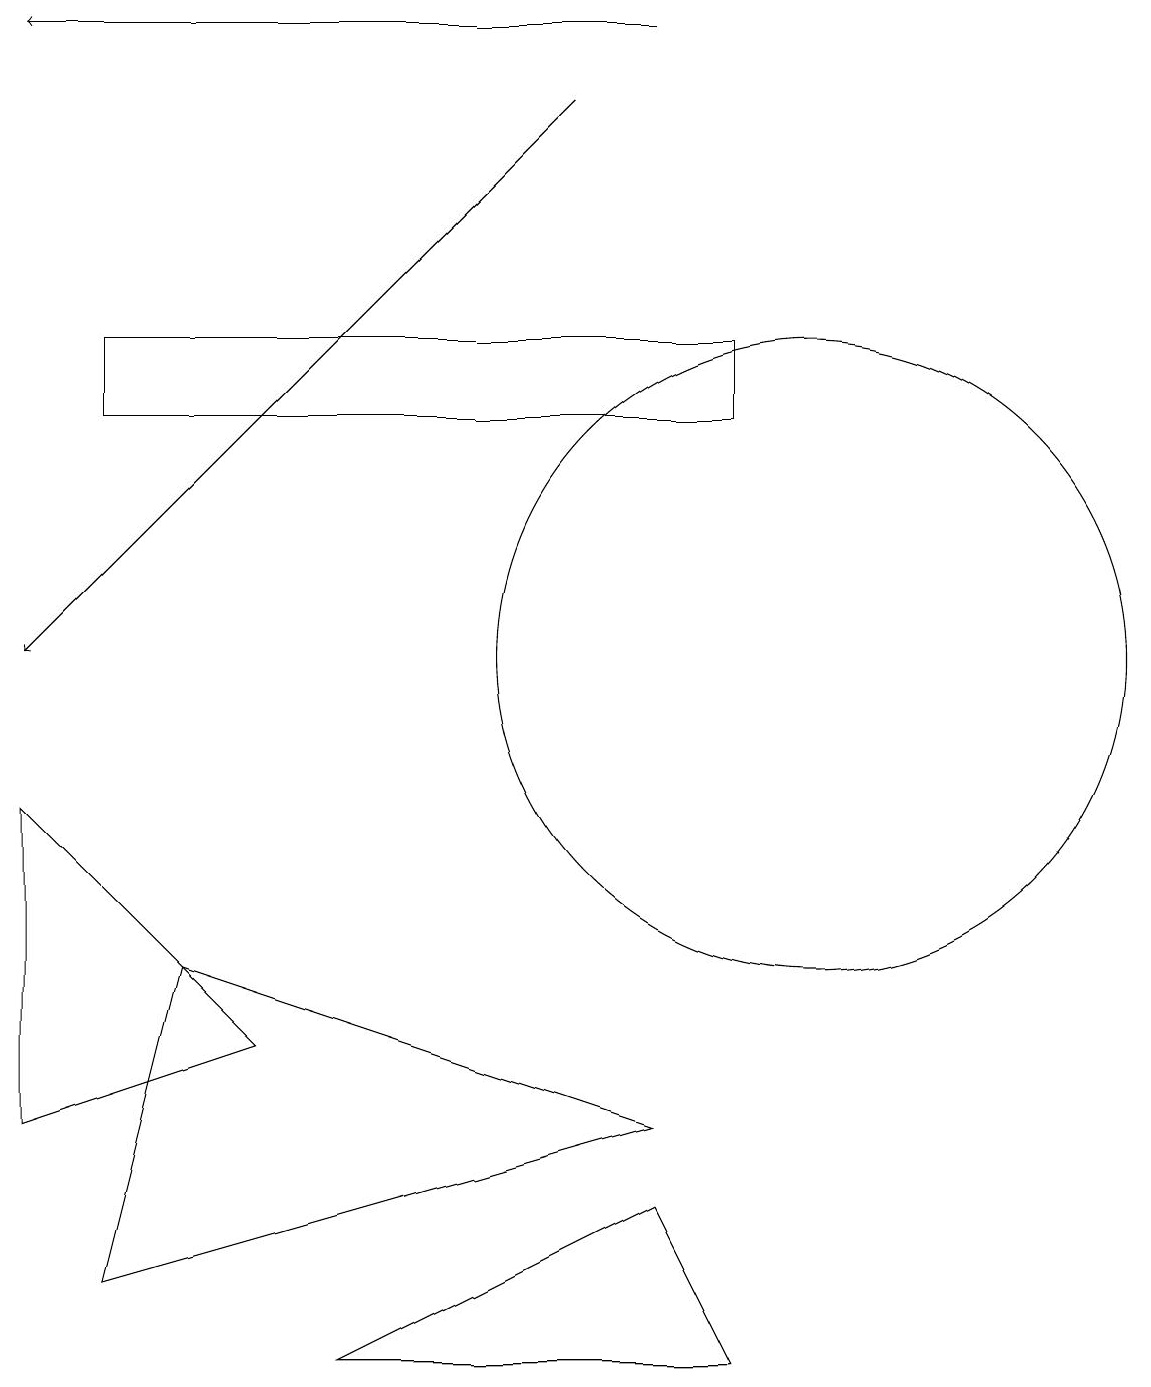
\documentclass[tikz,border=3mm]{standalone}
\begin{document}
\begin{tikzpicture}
\draw (9,1) -- (4,1) -- (8,3) -- cycle;
\draw (1,14) rectangle (9,13);
\draw (3,5) -- (0,8) -- (0,4) -- cycle;
\draw[->] (8,18) -- (0,18);
\draw (10,10) circle (4);
\draw (1,2) -- (8,4) -- (2,6) -- cycle;
\draw[->] (7,17) -- (0,10);
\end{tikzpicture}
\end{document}